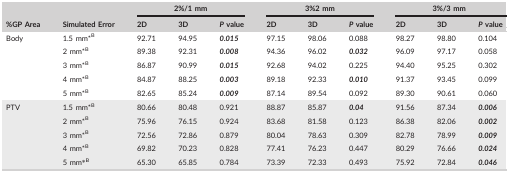
<table><thead><tr><td rowspan="2"><b>%GP Area</b></td><td rowspan="2"><b>Simulated Error</b></td><td colspan="3"><b>2%/1 mm</b></td><td colspan="3"><b>3%2 mm</b></td><td colspan="3"><b>3%/3 mm</b></td></tr><tr><td><b>2D</b></td><td><b>3D</b></td><td><b><i>P</i> value</b></td><td><b>2D</b></td><td><b>3D</b></td><td><b><i>P</i> value</b></td><td><b>2D</b></td><td><b>3D</b></td><td><b><i>P</i> value</b></td></tr></thead><tbody><tr><td rowspan="5">Body</td><td>1.5 mm*<sup>B</sup></td><td>92.71</td><td>94.95</td><td><i><b>0.015</b></i></td><td>97.15</td><td>98.06</td><td>0.088</td><td>98.27</td><td>98.80</td><td>0.104</td></tr><tr><td>2 mm*<sup>B</sup></td><td>89.38</td><td>92.31</td><td><i><b>0.008</b></i></td><td>94.36</td><td>96.02</td><td><i><b>0.032</b></i></td><td>96.09</td><td>97.17</td><td>0.058</td></tr><tr><td>3 mm*<sup>B</sup></td><td>86.87</td><td>90.99</td><td><i><b>0.015</b></i></td><td>92.68</td><td>94.02</td><td>0.225</td><td>94.40</td><td>95.25</td><td>0.302</td></tr><tr><td>4 mm*<sup>B</sup></td><td>84.87</td><td>88.25</td><td><i><b>0.003</b></i></td><td>89.18</td><td>92.33</td><td><i><b>0.010</b></i></td><td>91.37</td><td>93.45</td><td>0.099</td></tr><tr><td>5 mm*<sup>B</sup></td><td>82.65</td><td>85.24</td><td><i><b>0.009</b></i></td><td>87.14</td><td>89.54</td><td>0.092</td><td>89.30</td><td>90.61</td><td>0.060</td></tr><tr><td rowspan="5">PTV</td><td>1.5 mm*<sup>B</sup></td><td>80.66</td><td>80.48</td><td>0.921</td><td>88.87</td><td>85.87</td><td><i><b>0.04</b></i></td><td>91.56</td><td>87.34</td><td><i><b>0.006</b></i></td></tr><tr><td>2 mm*<sup>B</sup></td><td>75.96</td><td>76.15</td><td>0.924</td><td>83.68</td><td>81.58</td><td>0.123</td><td>86.38</td><td>82.06</td><td><i><b>0.002</b></i></td></tr><tr><td>3 mm*<sup>B</sup></td><td>72.56</td><td>72.86</td><td>0.879</td><td>80.04</td><td>78.63</td><td>0.309</td><td>82.78</td><td>78.99</td><td><i><b>0.009</b></i></td></tr><tr><td>4 mm*<sup>B</sup></td><td>69.82</td><td>70.23</td><td>0.828</td><td>77.41</td><td>76.23</td><td>0.447</td><td>80.29</td><td>76.66</td><td><i><b>0.024</b></i></td></tr><tr><td>5 mm*<sup>B</sup></td><td>65.30</td><td>65.85</td><td>0.784</td><td>73.39</td><td>72.33</td><td>0.493</td><td>75.92</td><td>72.84</td><td><i><b>0.046</b></i></td></tr></tbody></table>